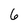
Character: 6